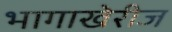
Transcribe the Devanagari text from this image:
भागाखेरीज